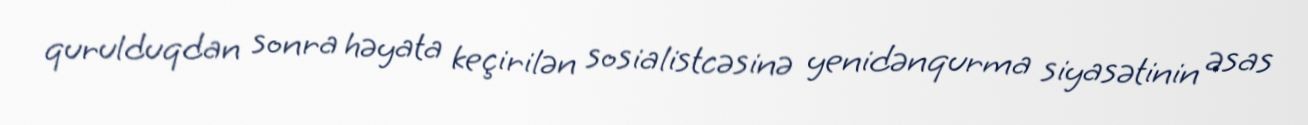
qurulduqdan sonra həyata keçirilən sosialistcəsinə yenidənqurma siyasətinin əsas